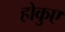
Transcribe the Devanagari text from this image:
होकुए